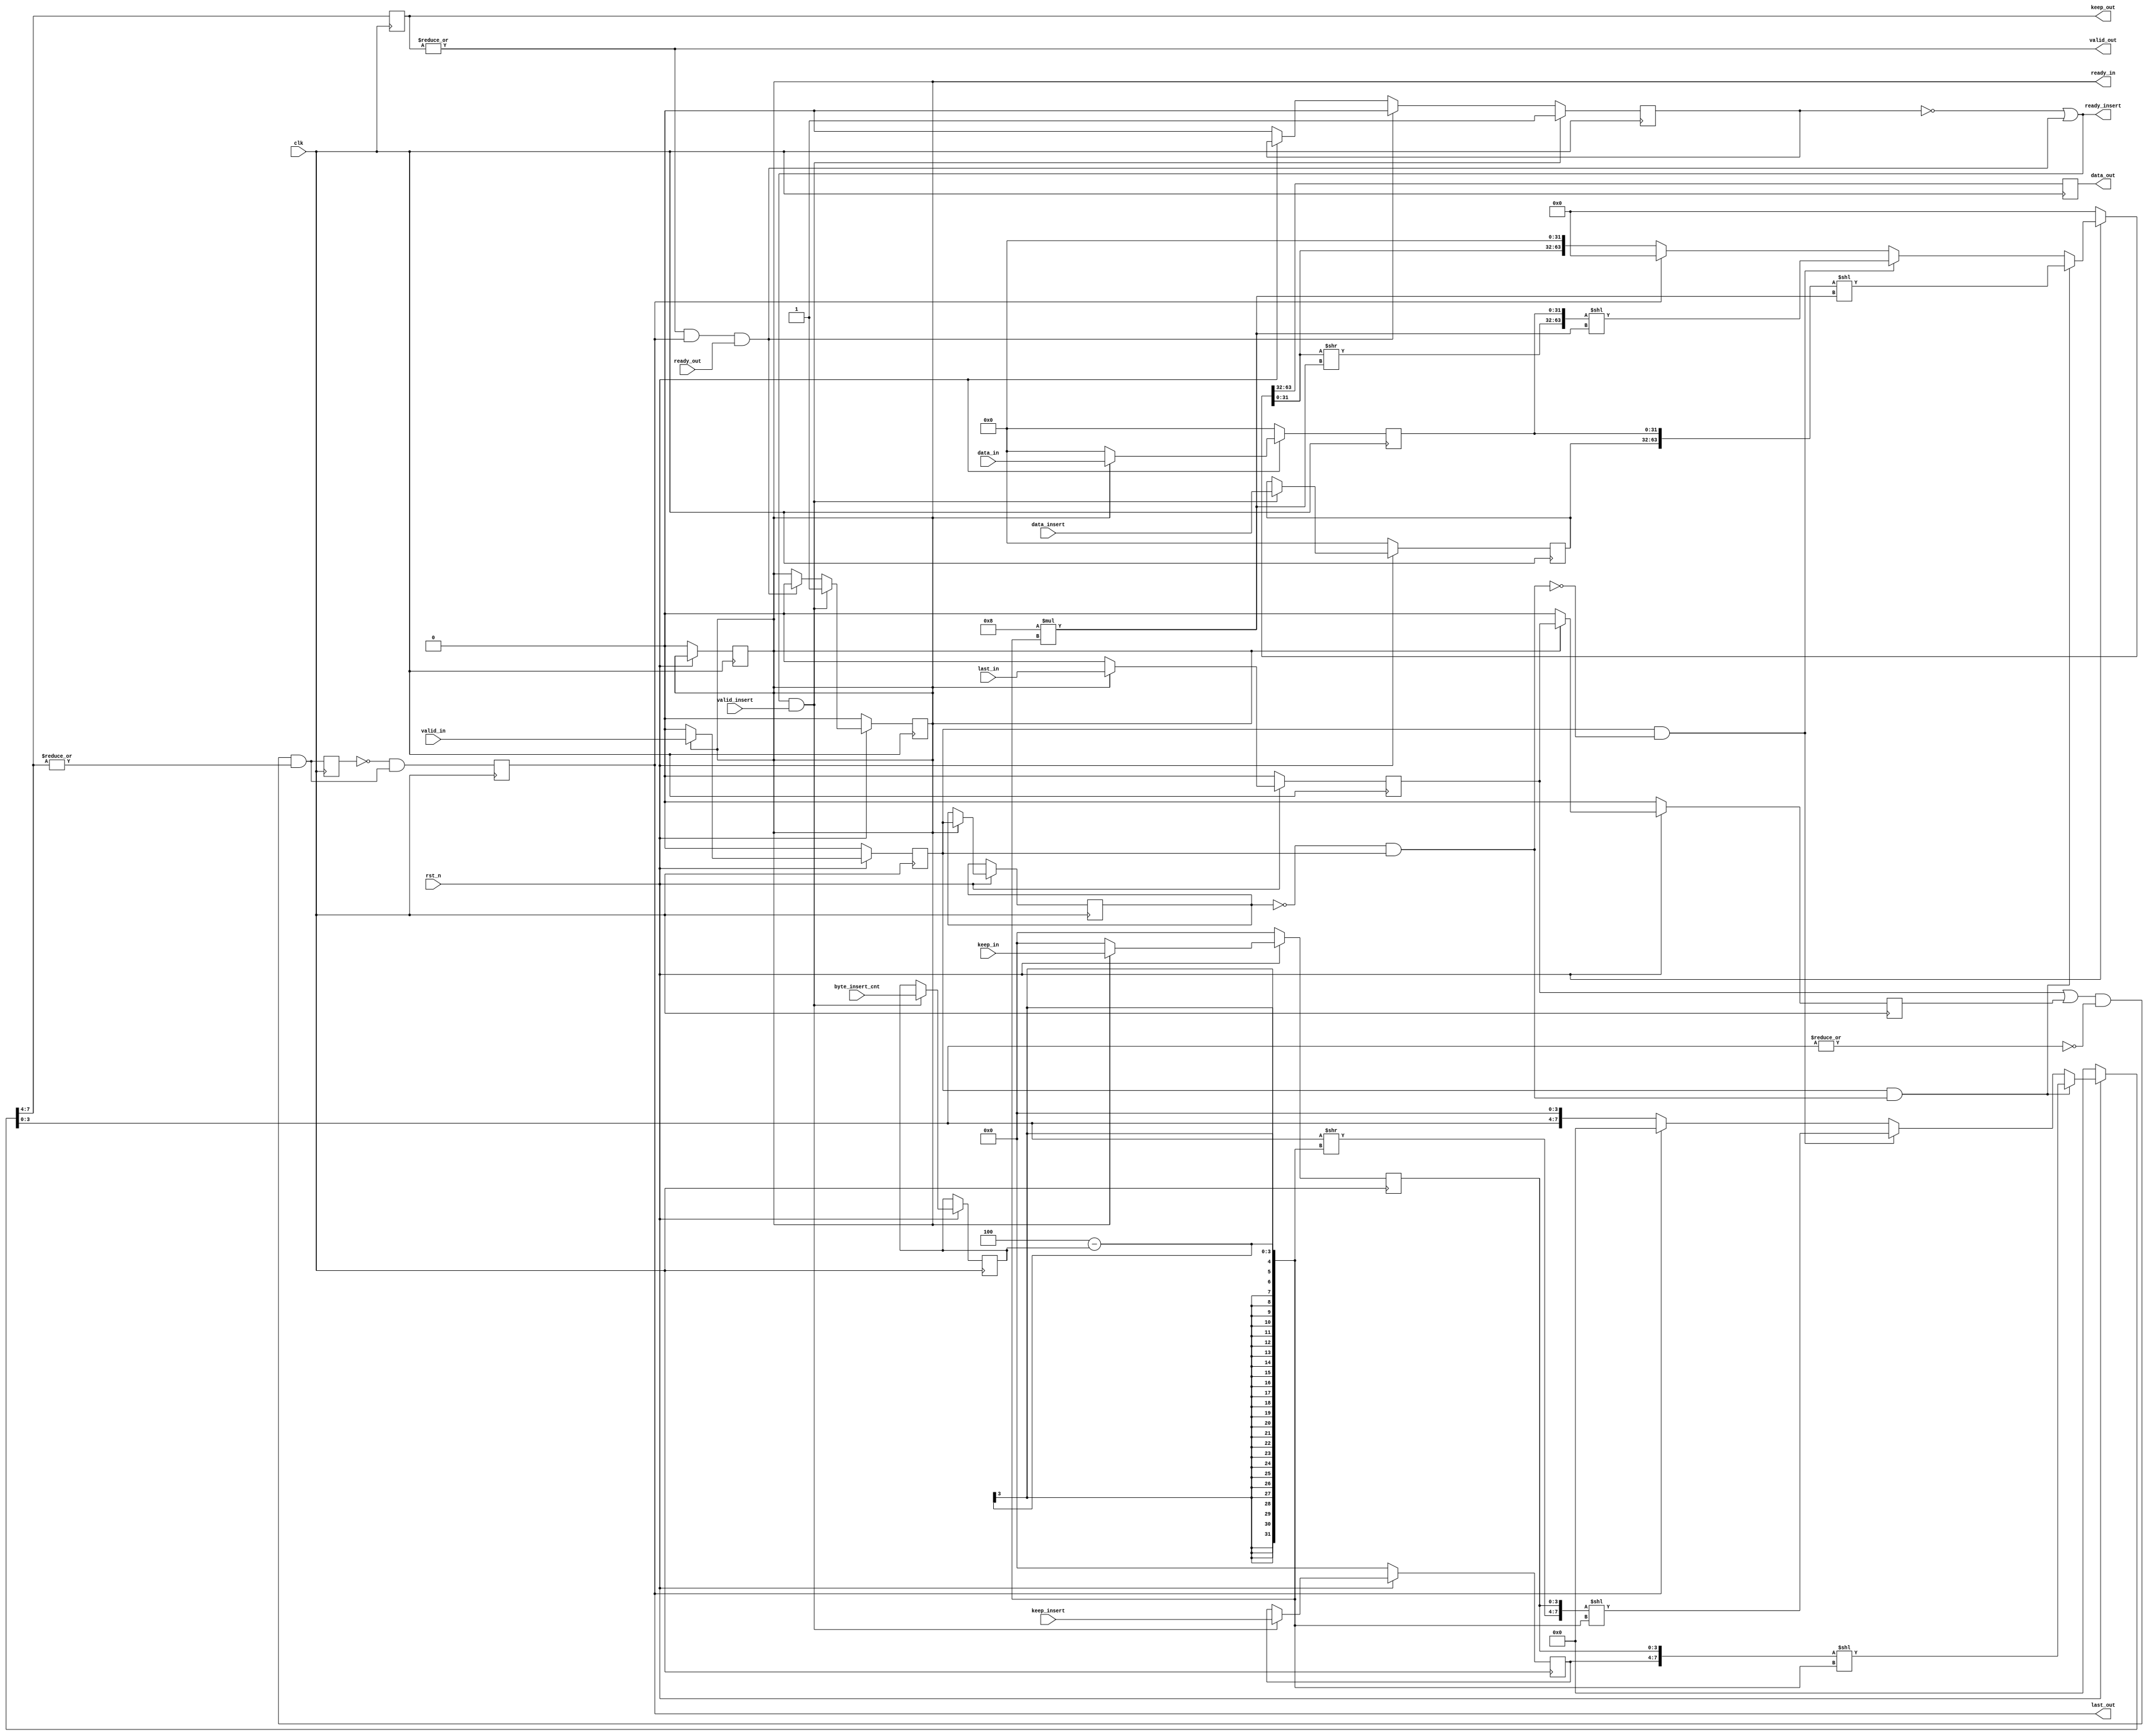
`timescale 1ns / 1ps

module axi_stream_header_insert #(
    parameter DATA_WD = 32,
    parameter DATA_BYTE_WD = DATA_WD / 8 ,
	parameter BYTE_CNT_WD = $clog2(DATA_BYTE_WD)
) (
    input                        clk,
    input                        rst_n,

    // AXI Stream input header
    input                        valid_insert,
    input   [DATA_WD-1 : 0]      data_insert,
    input   [DATA_BYTE_WD-1 : 0] keep_insert,
    output                       ready_insert,
	input   [BYTE_CNT_WD-1 : 0]  byte_insert_cnt, //keep insert1

    // AXI Stream input data
    input                        valid_in,
    input   [DATA_WD-1 : 0]      data_in,
    input   [DATA_BYTE_WD-1 : 0] keep_in,
    input                        last_in,
    output                       ready_in,

    // AXI Stream output header inserted data
    output                       valid_out,
    output reg [DATA_WD-1 : 0]   data_out,
    output reg [DATA_BYTE_WD-1:0]keep_out,
    output                       last_out,
    input                        ready_out
);
//
reg								data_valid_r1;
reg								data_valid_r2;
reg								data_last_r1;
reg								data_last_r2;
reg		[DATA_WD-1 : 0]			data_r1;
reg		[DATA_BYTE_WD-1 : 0] 	data_keep_r1;

reg								hdr_valid_r1;
reg		[DATA_WD-1 : 0]			hdr_r1;
reg		[DATA_BYTE_WD-1 : 0] 	hdr_keep_r1;
reg		[BYTE_CNT_WD-1 : 0]		byte_insert_cnt_r1;

reg 	[2*DATA_WD-1 : 0]		temp_data;
reg 	[2*DATA_BYTE_WD-1 : 0] 	temp_keep;
reg 	hdr_buffer_full;
reg 	data_buffer_full;
wire	hdr_en;
//-------------data, hdr-------------
always @(posedge clk)
begin
	if(!rst_n)
	begin
		hdr_valid_r1 <= 1'b0;
		hdr_r1       <= 'b0;
		hdr_keep_r1  <= 'b0;
		hdr_buffer_full <= 1'b0;	
	end
	else if(ready_insert & valid_insert) //hdr_ready  valid axi_hdr
	begin
		hdr_keep_r1  <= keep_insert;
		hdr_valid_r1 <= valid_insert;
		hdr_r1 		 <= data_insert;
		byte_insert_cnt_r1 <= byte_insert_cnt;
	end
end

always @(posedge clk)
begin
	if(!rst_n)
		hdr_buffer_full =1'b0;
	else if(ready_insert & valid_insert)
		hdr_buffer_full =1'b1;
	else if (valid_out & last_out & ready_out)
		hdr_buffer_full =1'b0;
end

always @(posedge clk)
begin
	if(!rst_n)
		data_buffer_full =1'b0;
	if(ready_insert & valid_insert)
		data_buffer_full =1'b1;
	else if (valid_out & last_out & ready_out)
		data_buffer_full =1'b0;
end

//----------------------
always @(posedge clk)
begin
	if(!rst_n)
	begin
		data_valid_r1 <= 1'b0;
		data_r1       <= 'b0;
		data_keep_r1  <= 'b0;	
		data_last_r1  <= 'b0;
		data_last_r2  <= 'b0;
	end
	else if(ready_in) //data_ready  valid axi_hdr
	begin
		data_valid_r1 <= valid_in;
		data_valid_r2 <= data_valid_r1;
		data_r1 	  <= data_in;
		data_keep_r1  <= keep_in;
		data_last_r1  <= last_in;
		data_last_r2  <= data_last_r1;
	end 	
	else
	begin
		data_valid_r1 <= 1'b0;
		data_r1       <= 'b0;
		data_keep_r1  <= 'b0;	
		data_last_r1  <= 'b0;
		data_last_r2  <= 'b0;
	
	end
end

assign hdr_en = (!data_valid_r2 &&data_valid_r1); //hdr
//----------------------------------
wire  [DATA_WD-1 : 0] shift_cnt;
assign shift_cnt = 8*(DATA_BYTE_WD - byte_insert_cnt_r1);

always @(*)
begin
	if(!rst_n)
	begin
		temp_data = 'b0;
	    temp_keep = 'b0;
	end
	
	else if (data_valid_r1 & hdr_en) //datahdrdata
	begin
		temp_data [2*DATA_WD-1 : DATA_WD ] = hdr_r1 ;
		temp_keep [2*DATA_BYTE_WD-1 : DATA_BYTE_WD]= hdr_keep_r1  ;
		temp_data [DATA_WD-1 : 0 ]  = data_r1;
	    temp_keep [DATA_BYTE_WD-1 : 0] = data_keep_r1;
		temp_data = temp_data << shift_cnt;
		temp_keep = temp_keep << (DATA_BYTE_WD - byte_insert_cnt_r1);
	end
	
	else if (data_valid_r1 & (!hdr_en)) //hdrdata
	begin

		temp_data = temp_data << DATA_WD;
		temp_keep = temp_keep << DATA_BYTE_WD;
		temp_data [2*DATA_WD-1 : DATA_WD ] = temp_data [2*DATA_WD-1 : DATA_WD ] >> shift_cnt;
		temp_keep [2*DATA_BYTE_WD-1 : DATA_BYTE_WD]= temp_keep [2*DATA_BYTE_WD-1 : DATA_BYTE_WD] >> (DATA_BYTE_WD - byte_insert_cnt_r1) ;
		temp_data [DATA_WD-1 : 0 ] = data_r1 ;
		temp_keep [DATA_BYTE_WD-1 : 0]= data_keep_r1  ;
		temp_data = temp_data << shift_cnt;
		temp_keep = temp_keep << (DATA_BYTE_WD - byte_insert_cnt_r1);
	end
	else if (last_out)
	begin
		temp_data =  'b0;
		temp_keep =  'b0;
	end
	else 
	begin
		temp_data =  temp_data << DATA_WD ;
		temp_keep =  temp_keep << DATA_BYTE_WD;
	end
end 

//--------------------------------------------
assign 	last_flag = (data_last_r1 | data_last_r2) &(~(|temp_keep[DATA_BYTE_WD-1 :0]))&(|temp_keep[2*DATA_BYTE_WD-1 :DATA_BYTE_WD]);
reg	 	last_flag_r1;
wire   	last_trans;
reg	   	last_trans_r1;

always  @(posedge clk)
begin
	last_flag_r1 <= last_flag;
	last_trans_r1 <= last_trans;
	data_out <= temp_data[2*DATA_WD-1 : DATA_WD ];
	keep_out <= temp_keep[2*DATA_BYTE_WD-1 :DATA_BYTE_WD];
end

assign last_trans = ((!last_flag_r1) & last_flag);
assign last_out   = last_trans_r1;
assign valid_out  = |keep_out;

//hdrdatadata
assign ready_in = hdr_buffer_full;
//hdrhdr
assign ready_insert = !data_buffer_full| (valid_out & last_out & ready_out);

endmodule